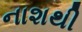
નાશથી